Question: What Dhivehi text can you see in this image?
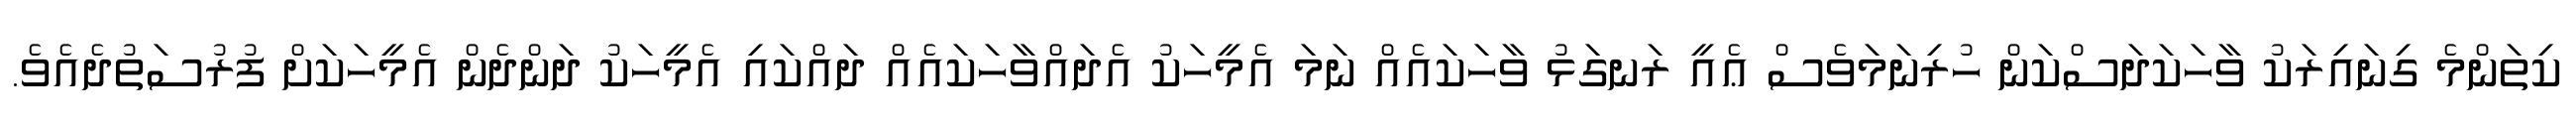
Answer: ކިތަންމެ ގިނައިރަކު ވާހަކަދަސްކަން ހުރިނަމަވެސް ޢެއީ ރަނގަޅު ވާހަކައެއް ނަމަ އެމީހަކު އެދައްވާހަކައެއް ދައްކައި އެމީހަކު ދަންދެން އެމީހަކަށް ފުރުސަތުދެއެވެ.